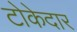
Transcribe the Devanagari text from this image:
टोकेदार